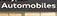
automobiles